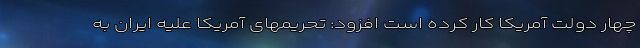
چهار دولت آمریکا کار کرده است افزود: تحریمهای آمریکا علیه ایران به